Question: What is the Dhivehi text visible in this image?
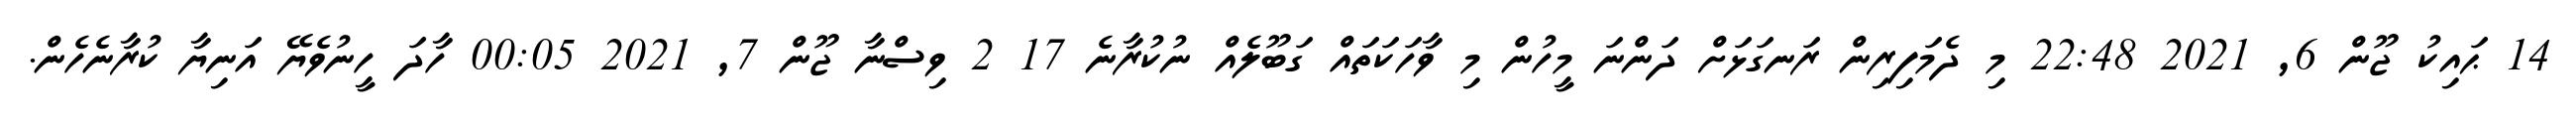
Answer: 14 ޙައިކު ޖޫން 6, 2021 22:48 މި ދެމަފިރިން ރަނގަޅަށް ދަންނަ މީހުން މި ވާހަކަތައް ގަބޫލެއް ނުކުރާނެ 17 2 ވިސްނާ ޖޫން 7, 2021 00:05 ހާދަ ހީނުވެޔޭ އަނިޔާ ކުރާނެހެން.